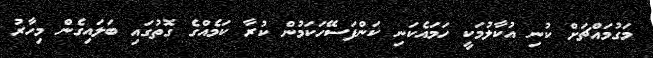
މަގުމައްޗަށް ކުނި އުކާލުމަކީ ހަމައެކަނި ކަންފަސޭހަކަމުން ކުރާ ކަމެއްގެ ގޮތުގައި ބަލައިގެން މިހާރު